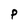
Character: p